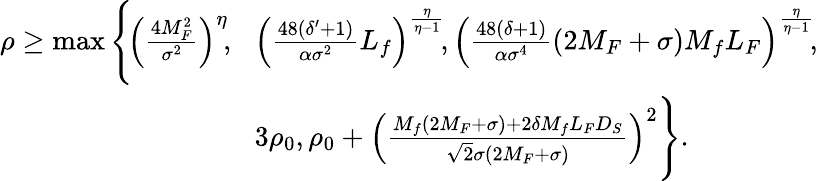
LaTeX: \begin{array}{rl}{\rho\geq\operatorname*{max}\Bigg\{ \! \left(\frac{4M_{F}^{2}}{\sigma^{2}}\right)^{\eta}\! ,\! }&{\left(\frac{48(\delta^{\prime}+1)}{{\alpha}\sigma^{2}}L_{f}\right)^{\frac{\eta}{\eta-1}}\! ,\left(\frac{48(\delta+1)}{{\alpha}\sigma^{4}}(2M_{F}+\sigma)M_{f}L_{F}\right)^{\frac{\eta}{\eta-1}}\! ,}\\ &{3\rho_{0},\rho_{0}+\left(\frac{M_{f}(2M_{F}+\sigma)+2\delta M_{f}L_{F}D_{S}}{\sqrt{2}\sigma(2M_{F}+\sigma)}\right)^{2}\Bigg\} .}\end{array}